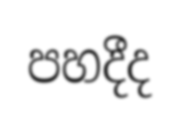
පහදීද